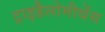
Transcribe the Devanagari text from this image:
ट्राइहैलोमीथेंस